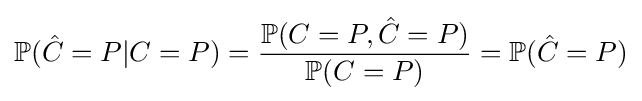
\mathbb {P} ({\hat {C}}=P|C=P)={\frac {\mathbb {P} (C=P,{\hat {C}}=P)}{\mathbb {P} (C=P)}}=\mathbb {P} ({\hat {C}}=P)